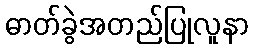
ဓာတ်ခွဲအတည်ပြုလူနာ